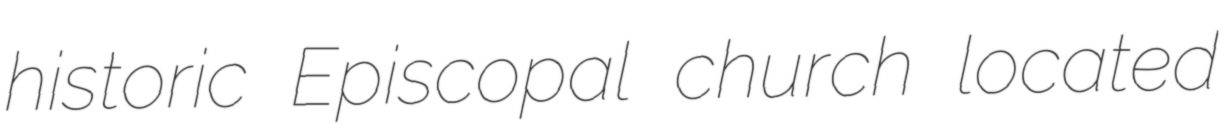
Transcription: historic Episcopal church located